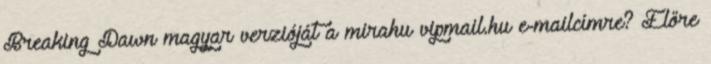
Breaking Dawn magyar verzióját a mirahu vipmail.hu e-mailcímre? Előre